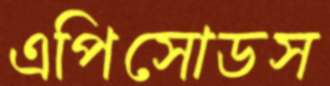
এপিসোডস